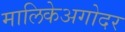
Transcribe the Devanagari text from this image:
मालिकेअगोदर